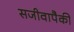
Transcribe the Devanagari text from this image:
सजीवापैकी